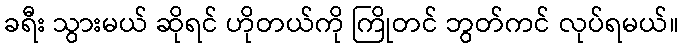
ခရီး သွားမယ် ဆိုရင် ဟိုတယ်ကို ကြိုတင် ဘွတ်ကင် လုပ်ရမယ်။